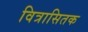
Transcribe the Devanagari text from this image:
वित्रासितक